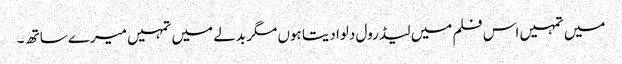
میں تمہیں اس فلم میں لیڈ رول دلوا دیتا ہوں مگر بدلے میں تمہیں میرے ساتھ ۔